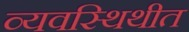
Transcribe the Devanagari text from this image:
व्यवस्थिथीत